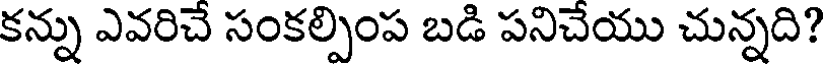
కన్ను ఎవరిచే సంకల్పింప బడి పనిచేయు చున్నది?